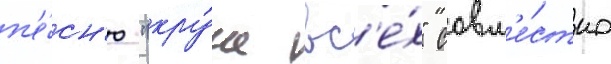
п'е́сн'ю "кру́че вс'е́х" совм'е́стно